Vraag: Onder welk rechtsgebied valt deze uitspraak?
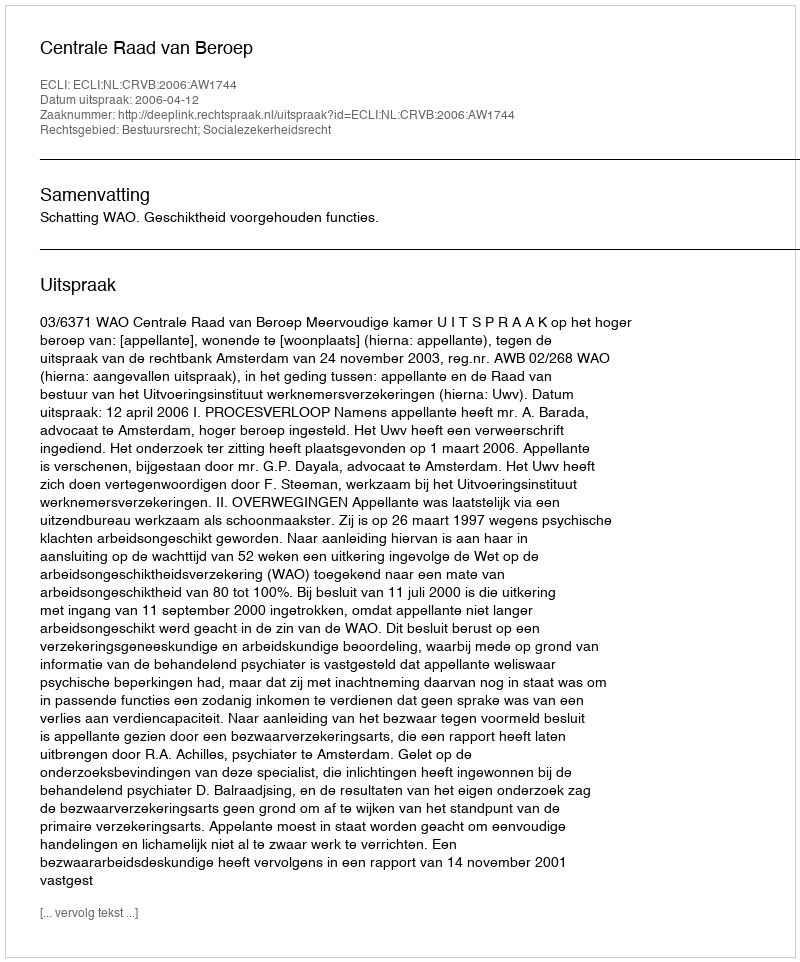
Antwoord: Bestuursrecht; Socialezekerheidsrecht